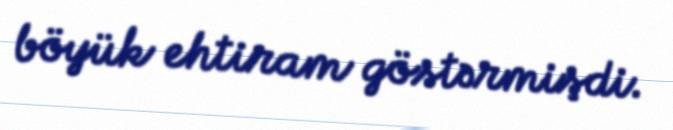
böyük ehtiram göstərmişdi.